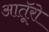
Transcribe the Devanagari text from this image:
आतूॅरो